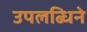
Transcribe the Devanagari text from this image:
उपलब्धिने